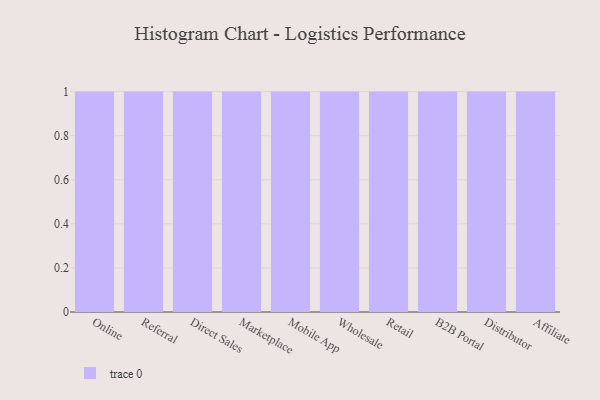
{"axis": {"x": "Channel", "y": "Energy Usage (MWh)"}, "legend": [""], "data": [{"x": "Online", "y": 6, "type": ""}, {"x": "Referral", "y": 18, "type": ""}, {"x": "Direct Sales", "y": 69, "type": ""}, {"x": "Marketplace", "y": 69, "type": ""}, {"x": "Mobile App", "y": 71, "type": ""}, {"x": "Wholesale", "y": 16, "type": ""}, {"x": "Retail", "y": 36, "type": ""}, {"x": "B2B Portal", "y": 52, "type": ""}, {"x": "Distributor", "y": 13, "type": ""}, {"x": "Affiliate", "y": 31, "type": ""}]}